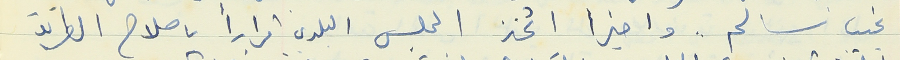
نجيب سالم. واخيرا اتخذ المجلس البلدي قراراً باصلاح الطريق